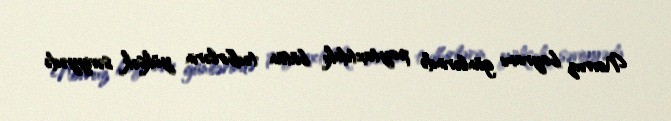
Novruz bayramı günlərində paytaxtdakı bütün tədbirlərin yüksək səviyyədə